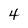
Character: 4